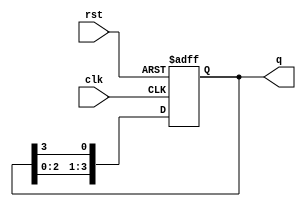
module ring_counter #(parameter N = 4) (
    input wire clk,        // Clock input
    input wire rst,        // Reset input (optional)
    output reg [N-1:0] q   // Output representing the state of the counter
);

// Initial state of the ring counter
initial begin
    q = 1'b1; // Start with the first flip-flop set to '1'
end

// Always block triggered on the rising edge of the clock
always @(posedge clk or posedge rst) begin
    if (rst) begin
        q <= 1'b1; // Reset to initial state
    end else begin
        // Shift the '1' to the right
        q <= {q[N-2:0], q[N-1]}; // Shift left and wrap around
    end
end

endmodule